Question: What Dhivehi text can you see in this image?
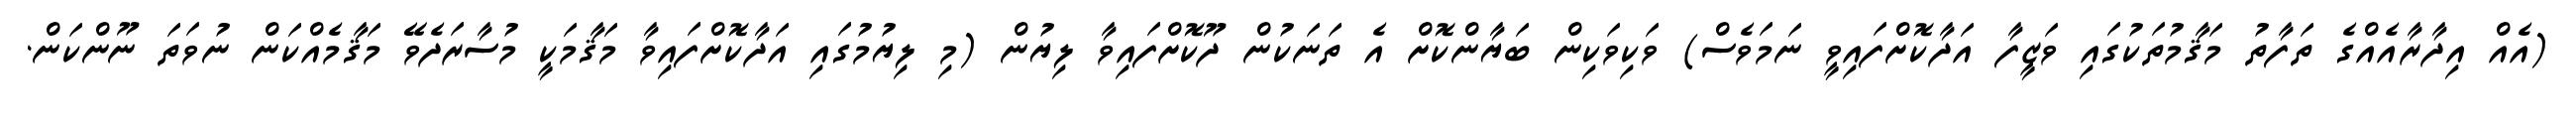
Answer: (އެއް އިދާރާއެއްގެ ތަފާތު މަޤާމުތަކުގައި ވަޒީފާ އަދާކޮށްފައިވީ ނަމަވެސް) ވަކިވަކިން ބަޔާންކޮށް އެ ތަނަކުން ދޫކޮށްފައިވާ ލިޔުން (މި ލިޔުމުގައި އަދާކޮށްފައިވާ މަޤާމަކީ މުސާރަދެވޭ މަޤާމެއްކަން ނުވަތަ ނޫންކަން.